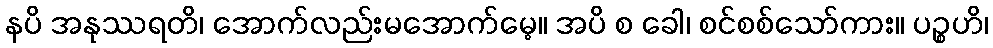
နပိ အနုဿရတိ၊ အောက်လည်းမအောက်မေ့။ အပိ စ ခေါ၊ စင်စစ်သော်ကား။ ပဉ္စဟိ၊